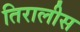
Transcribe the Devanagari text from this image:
तिरालीस